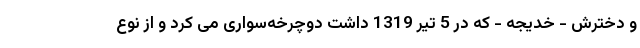
و دخترش - خدیجه - که در 5 تیر 1319 داشت دوچرخه‌سواری می کرد و از نوع